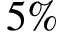
5 \%